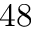
4 8